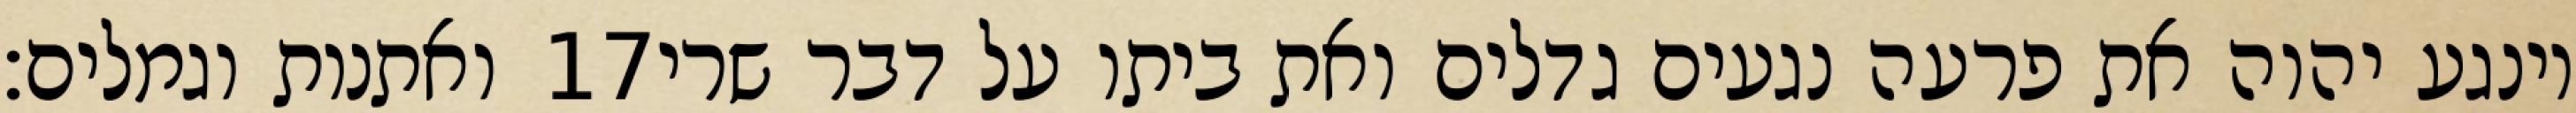
ואתנות וגמלים׃ ‎17‏ וינגע יהוה את פרעה נגעים גדלים ואת ביתו על דבר שרי